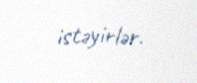
istəyirlər.